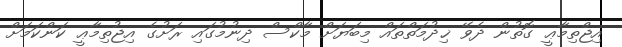
އިޖްތިމާޢީ ގޮތުން ދެވޭ ޚިދުމަތްތައް މިބަޔަށް މާކްސް ދިނުމުގައި ރަށުގެ އިޖުތިމާޢީ ކަންކަމަށް